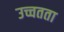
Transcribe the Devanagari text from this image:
उच्चतता